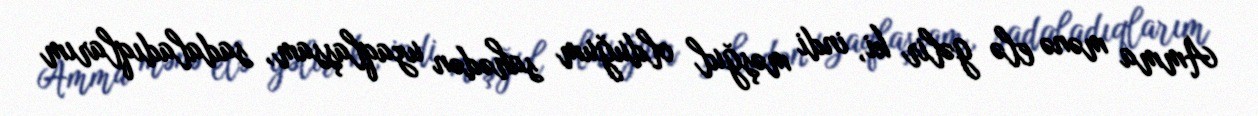
Amma mənə elə gəlir ki, indi məşğul olduğum sahədən uzaqlaşsam, sadaladıqlarım